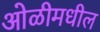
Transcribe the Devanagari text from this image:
ओळीमधील